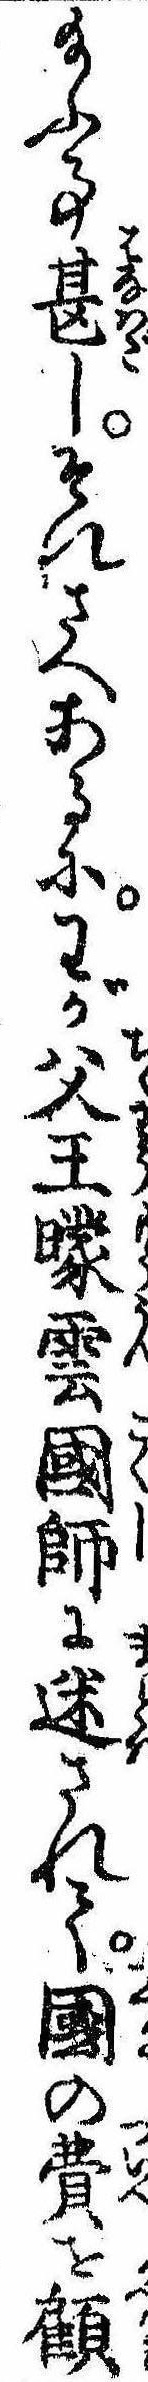
給ふ事甚しそれさへあるにわが父王曚雲国師に迷されて国の費を顧